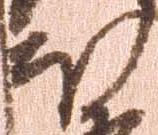
ほ